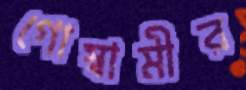
গোস্বামীর